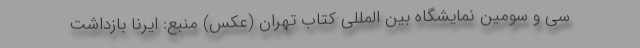
سی و سومین نمایشگاه بین المللی کتاب تهران (عکس) منبع: ایرنا بازداشت